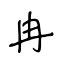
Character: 冉